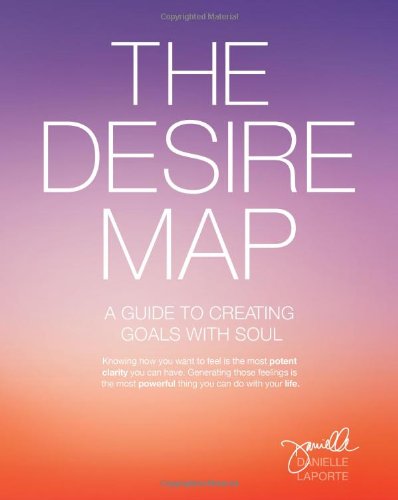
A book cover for The Desire Map: A Guide to Creating Goals with Soul; Danielle LaPorte; Self-Help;